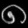
Digit: ၈